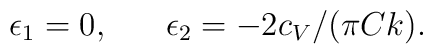
\epsilon_1=0,\;\;\;\;\;\;\epsilon_2=-2c_V/(\pi Ck).